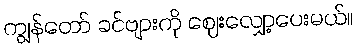
ကျွန်တော် ခင်ဗျားကို ဈေးလျှော့ပေးမယ်။